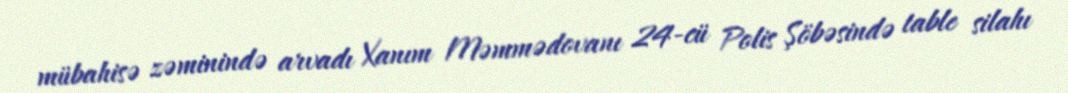
mübahisə zəminində arvadı Xanım Məmmədovanı 24-cü Polis Şöbəsində table silahı